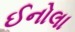
ઈનોલા